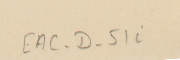
EAC-D-51i